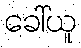
ခေါ်ယူ